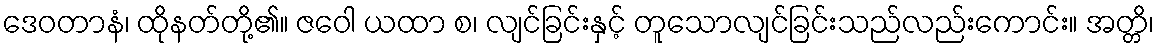
ဒေဝတာနံ၊ ထိုနတ်တို့၏။ ဇဝေါ ယထာ စ၊ လျင်ခြင်းနှင့် တူသောလျင်ခြင်းသည်လည်းကောင်း။ အတ္တိ၊